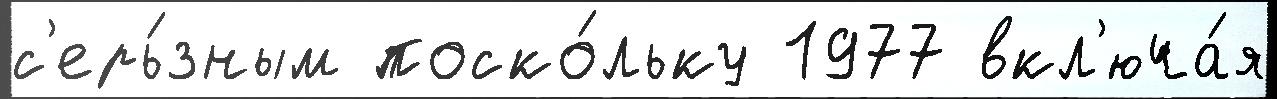
с'ерь́зным поско́льку 1977 вкл'юча́я